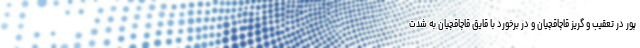
پور در تعقیب و گریز قاچاقچیان و در برخورد با قایق قاچاقچیان به شدت